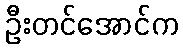
ဦးတင်အောင်က